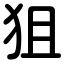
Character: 狙